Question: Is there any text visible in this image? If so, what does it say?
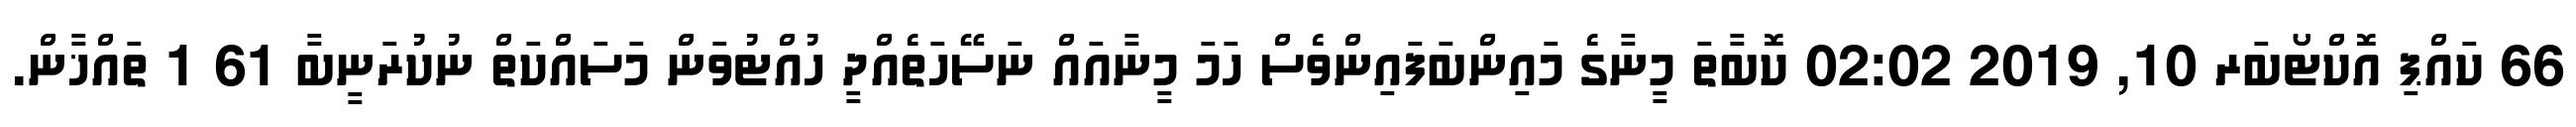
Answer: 66 ކައްޕި އޮކްޓޯބަރ 10, 2019 02:02 ކޮބާތަ މީނާގެ މައިންބަފައިންވެސް ހަމަ މީނާއައް ނަސޭހަތެއްދީ ހުއްޓުވަން މަސައްކަތް ނުކުރަނީބާ 61 1 ތައްޚާން.